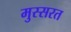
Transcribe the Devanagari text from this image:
मुस्सरत